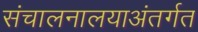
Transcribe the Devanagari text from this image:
संचालनालयाअंतर्गत